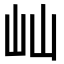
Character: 屾